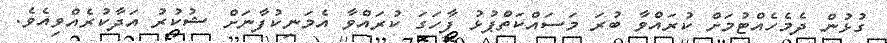
ގުޅުން ދެމެހެއްޓުމަށް ކުރައްވާ ބުރަ މަސައްކަތްޕުޅު ފާހަގަ ކުރައްވާ އެމަނިކުފާނަށް ޝުކުރު އަދާކުރެއްވިއެވެ.